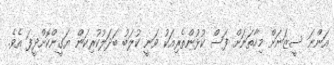
އަންނަ ސީޒަނަށް މިހާތަނަށް ފަސް ކުޅުންތެރިއަކު ވަނީ ކުލަބު ބަދަލުކުރިކަން ޔަގީންކޮށްދީފަ އެވެ.